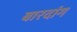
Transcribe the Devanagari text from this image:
बारदांग